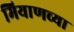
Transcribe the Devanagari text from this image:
मियाणच्या